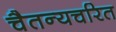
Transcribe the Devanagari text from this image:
चैतन्यचरित